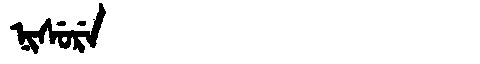
Manchu: ᠨᡳᠰᡠᡵᡝ
Romanization: NISURE